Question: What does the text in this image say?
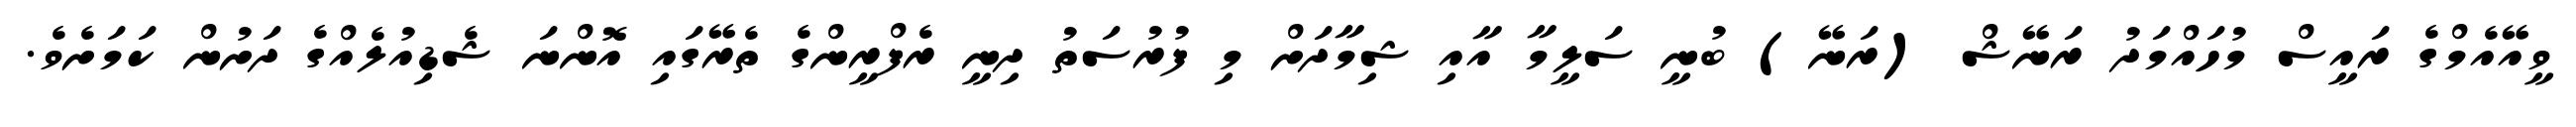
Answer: ވީއޭއެމްގެ ރައީސް މުހައްމަދު ރަނޭޝް (ރަނޭ) ބުނީ ސަލީމާ އާއި ޝިމާދަށް މި ފުރުސަތު ދިނީ ރެފްރީންގެ ތެރޭގައި އޮންނަ ޝެޑިއުލެއްގެ ދަށުން ކަމަށެވެ.